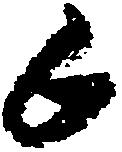
候